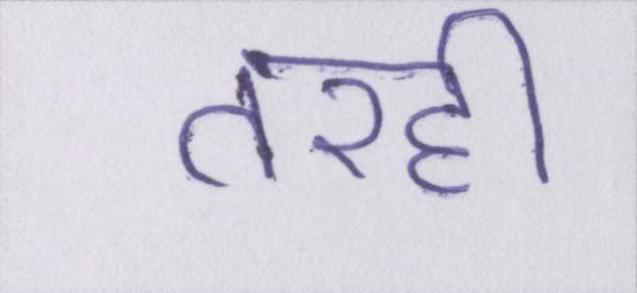
तरही